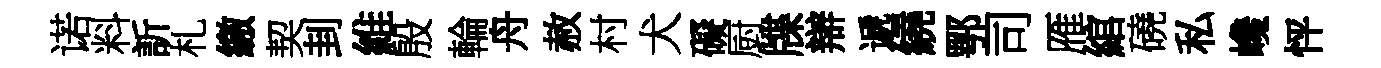
诺料訢札繳契刲維殷輪舟赦村犬礙厨牒辯遞繞鄂司雁綰磽私巉怦